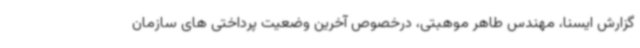
گزارش ایسنا، مهندس طاهر موهبتی، درخصوص آخرین وضعیت پرداختی های سازمان